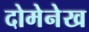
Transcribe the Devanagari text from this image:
दोमेनेख